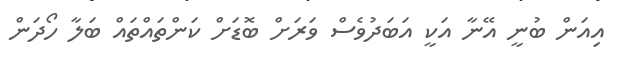
އިއަން ބުނީ އޭނާ އަކީ އަބަދުވެސް ވަރަށް ބޮޑަށް ކަންތައްތައް ބަލާ ހޯދަން